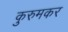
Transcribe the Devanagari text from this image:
कुरुमकर